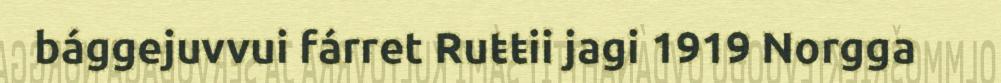
bággejuvvui fárret Ruŧŧii jagi 1919 Norgga